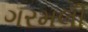
ગરમલી